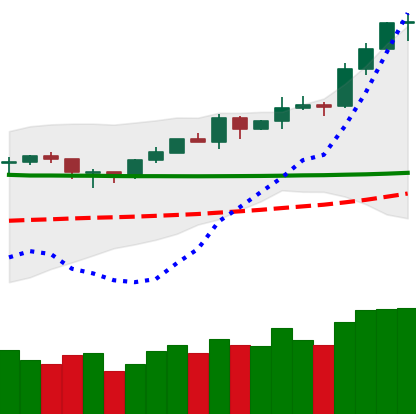
Ticker: ETH-USD
Chart end date: 2020-02-08
Forward return: 20.145%
Label: up_7plus